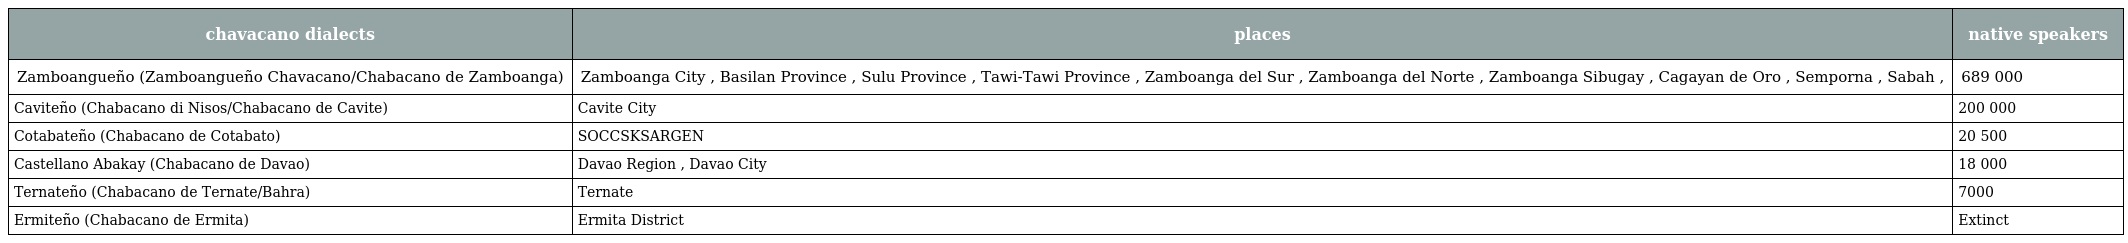
| chavacano dialects | places | native speakers |
 | --- | --- | --- |
 | Zamboangueño (Zamboangueño Chavacano/Chabacano de Zamboanga) | Zamboanga City , Basilan Province , Sulu Province , Tawi-Tawi Province , Zamboanga del Sur , Zamboanga del Norte , Zamboanga Sibugay , Cagayan de Oro , Semporna , Sabah , | 689 000 |
 | Caviteño (Chabacano di Nisos/Chabacano de Cavite) | Cavite City | 200 000 |
 | Cotabateño (Chabacano de Cotabato) | SOCCSKSARGEN | 20 500 |
 | Castellano Abakay (Chabacano de Davao) | Davao Region , Davao City | 18 000 |
 | Ternateño (Chabacano de Ternate/Bahra) | Ternate | 7000 |
 | Ermiteño (Chabacano de Ermita) | Ermita District | Extinct |